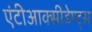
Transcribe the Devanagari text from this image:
एंटीआक्सीडेण्ट्स